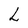
Character: L